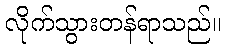
လိုက်သွားတန်ရာသည်။